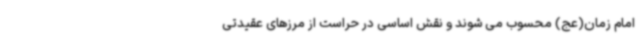
امام زمان(عج) محسوب می شوند و نقش اساسی در حراست از مرزهای عقیدتی